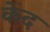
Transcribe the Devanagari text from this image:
केद